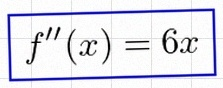
f''(x)=6x